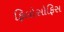
ફિલોસોફિસ